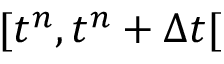
[ t ^ { n } , t ^ { n } + \Delta t [